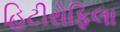
હિટીરોફિલા